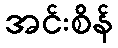
အင်းစိန်